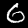
Digit: 6